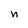
Character: n